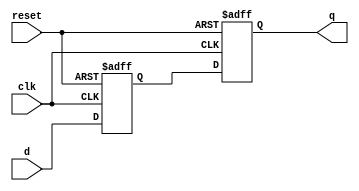
module d_ff_delay (
   input wire clk,
   input wire reset,
   input wire d,
   output reg q
);

reg d_delayed;

always @(posedge clk or posedge reset) begin
   if (reset) begin
      d_delayed <= 1'b0;
   end else begin
      d_delayed <= d;
   end
end

always @(posedge clk or posedge reset) begin
   if (reset) begin
      q <= 1'b0;
   end else begin
      q <= d_delayed;
   end
end

endmodule